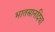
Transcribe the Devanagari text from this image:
भातसानदिचा